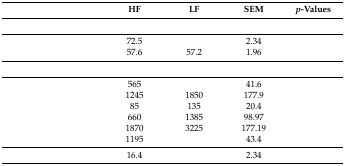
<table><thead><tr><td>[EMPTY_CELL]</td><td><b>HF</b></td><td><b>LF</b></td><td><b>SEM</b></td><td><b><i>p</i>-Values</b></td></tr></thead><tbody><tr><td colspan="5">[EMPTY_CELL]</td></tr><tr><td>[EMPTY_CELL]</td><td>72.5</td><td>[EMPTY_CELL]</td><td>2.34</td><td>[EMPTY_CELL]</td></tr><tr><td>[EMPTY_CELL]</td><td>57.6</td><td>57.2</td><td>1.96</td><td>[EMPTY_CELL]</td></tr><tr><td colspan="5">[EMPTY_CELL]</td></tr><tr><td>[EMPTY_CELL]</td><td>565</td><td>[EMPTY_CELL]</td><td>41.6</td><td>[EMPTY_CELL]</td></tr><tr><td>[EMPTY_CELL]</td><td>1245</td><td>1850</td><td>177.9</td><td>[EMPTY_CELL]</td></tr><tr><td>[EMPTY_CELL]</td><td>85</td><td>135</td><td>20.4</td><td>[EMPTY_CELL]</td></tr><tr><td>[EMPTY_CELL]</td><td>660</td><td>1385</td><td>98.97</td><td>[EMPTY_CELL]</td></tr><tr><td>[EMPTY_CELL]</td><td>1870</td><td>3225</td><td>177.19</td><td>[EMPTY_CELL]</td></tr><tr><td>[EMPTY_CELL]</td><td>1195</td><td>[EMPTY_CELL]</td><td>43.4</td><td>[EMPTY_CELL]</td></tr><tr><td>[EMPTY_CELL]</td><td>16.4 </td><td>[EMPTY_CELL]</td><td>2.34</td><td>[EMPTY_CELL]</td></tr></tbody></table>